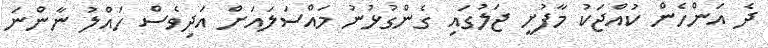
ދެ އަންހެން ކުއްޖަކު މާފުށީ ޖަލުގައި ގެންގުޅުނު މައްސަލައަށް އަދިވެސް ހައްލު ނާންނަ